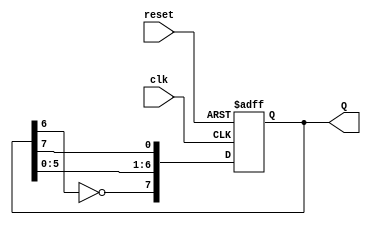
module johnson_counter (
    input wire clk,          // Clock input
    input wire reset,        // Asynchronous reset
    output reg [7:0] Q       // 8-bit output
);

// Always block to implement the Johnson counter
always @(posedge clk or posedge reset) begin
    if (reset) begin
        Q <= 8'b00000000;    // Initialize to zero state on reset
    end else begin
        // Johnson counter logic
        Q[7] <= ~Q[6];       // Feedback from Q7 inverted to D0
        Q[6] <= Q[5];
        Q[5] <= Q[4];
        Q[4] <= Q[3];
        Q[3] <= Q[2];
        Q[2] <= Q[1];
        Q[1] <= Q[0];
        Q[0] <= Q[7];        // Shift Q to the right
    end
end

endmodule